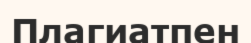
Плагиатпен